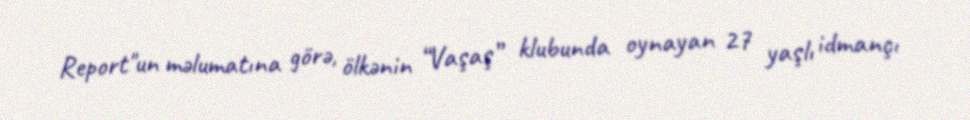
Report"un məlumatına görə, ölkənin “Vaşaş” klubunda oynayan 27 yaşlı idmançı